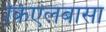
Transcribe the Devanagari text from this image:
किएलबासा